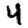
Digit: 4